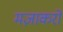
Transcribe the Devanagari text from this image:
मज़ाकरों